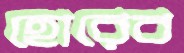
হোরেব